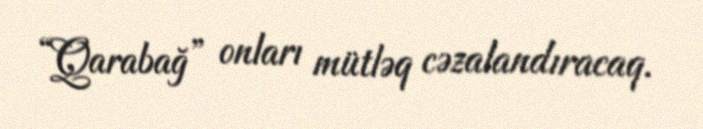
“Qarabağ” onları mütləq cəzalandıracaq.